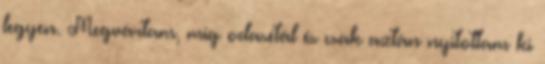
legyen. Megvártam, míg odasétál és csak aztán nyitottam ki